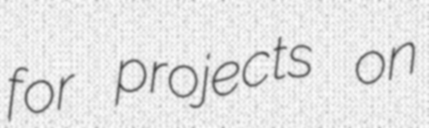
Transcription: for projects on